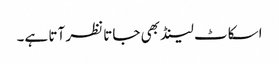
اسکاٹ لینڈ بھی جاتا نظر آتا ہے۔